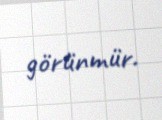
görünmür.